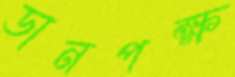
ডানপক্ষ